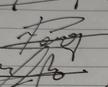
Signature authenticity: genuine